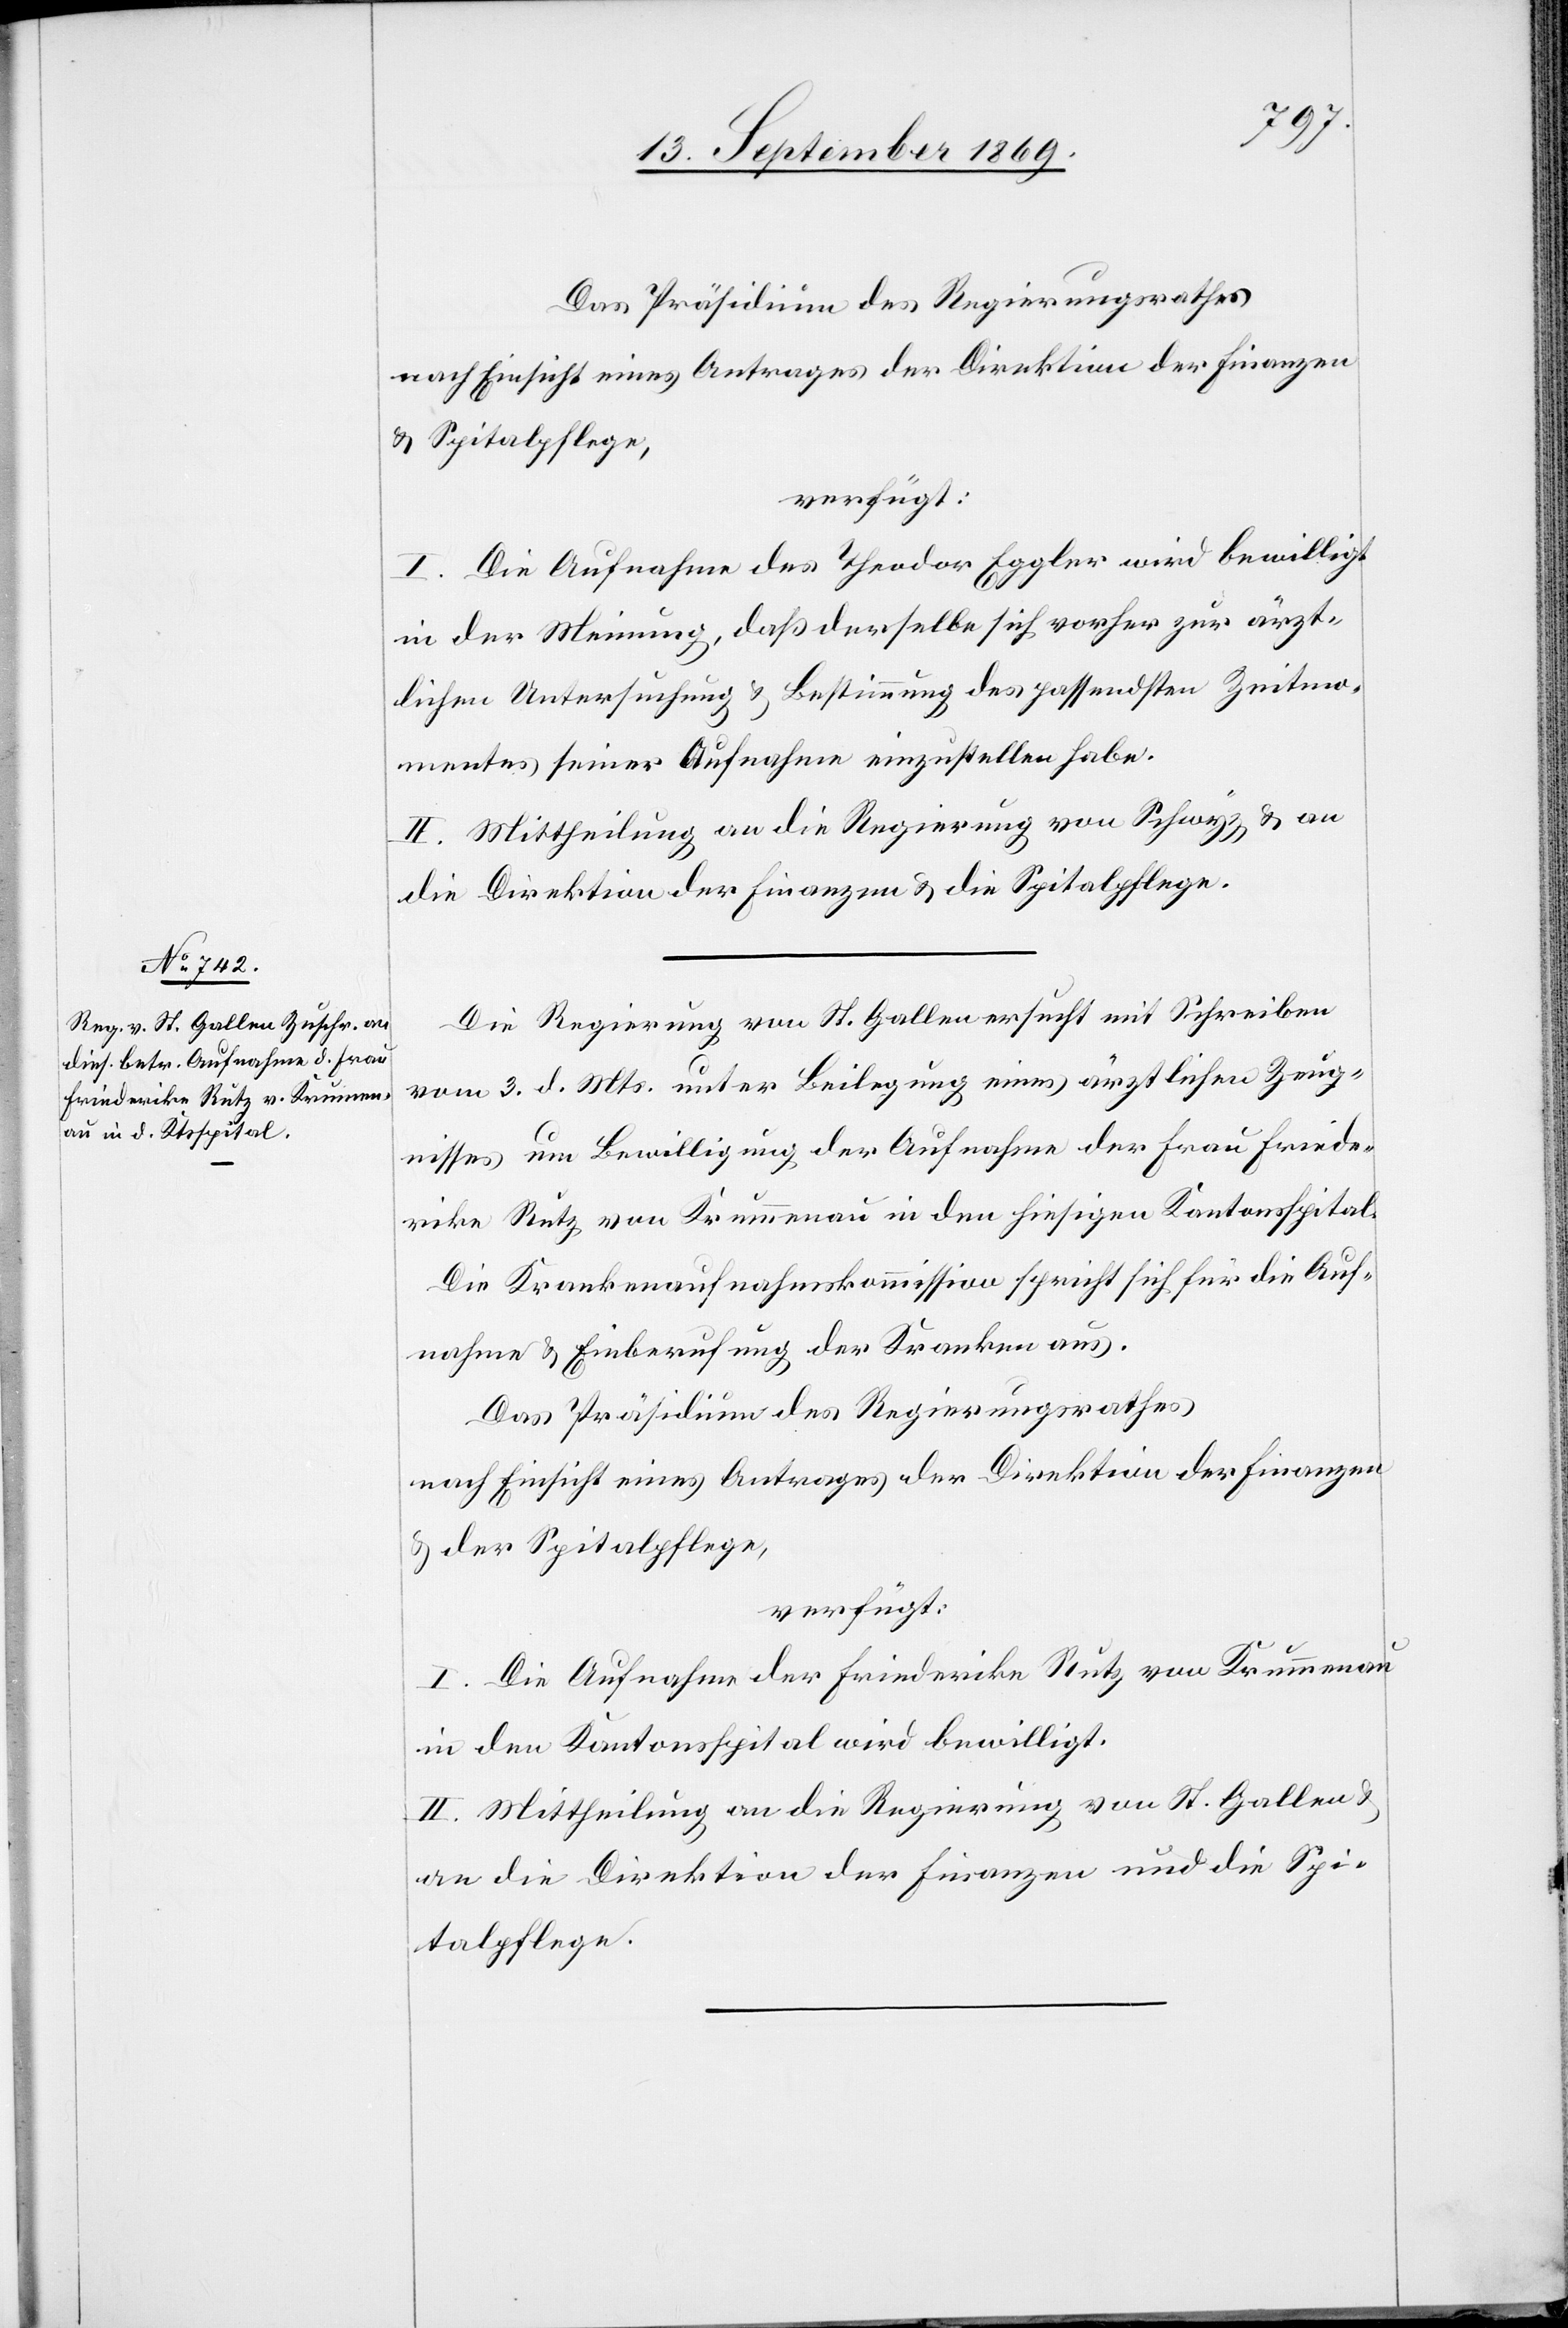
14. September 1869.]
Das Präsidium des Regierungsrathes
nach Einsicht eines Antrages der Direktion der Finanzen
& Spitalpflege,
verfügt:
I. Die Aufnahme des Theodor Eggler wird bewilligt
in der Meinung, daß derselbe sich vorher zur ärzt¬
lichen Untersuchung & Bestimmung des passendsten Zeitmo¬
mentes seiner Aufnahme einzustellen habe.
II. Mittheilung an die Regierung von Schwyz & an
die Direktion der Finanzen & die Spitalpflege.
Die Regierung von St. Gallen ersucht mit Schreiben
vom 3. d. Mts. unter Beilegung eines ärztlichen Zeug¬
nisses um Bewilligung der Aufnahme der Frau Friede¬
rike Rutz von Krummenau in den hiesigen Kantonsspital.
Die Krankenaufnahmskommission spricht sich für die Auf¬
nahme & Einberufung der Kranken aus.
Das Präsidium des Regierungsrathes
nach Einsicht eines Antrages der Direktion der Finanzen
& der Spitalpflege,
verfügt:
I. Die Aufnahme der Friederike Rutz von Krummenau
in den Kantonsspital wird bewilligt.
II. Mittheilung an die Regierung von St. Gallen &
an die Direktion der Finanzen und die Spi¬
talpflege.